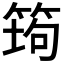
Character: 𰩿